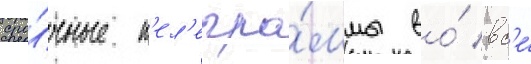
сро́чные т'ел'егра́ммы во́ вс'е́